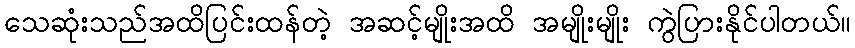
သေဆုံးသည်အထိပြင်းထန်တဲ့ အဆင့်မျိုးအထိ အမျိုးမျိုး ကွဲပြားနိုင်ပါတယ်။